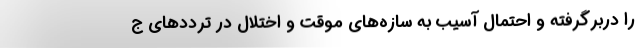
را دربرگرفته و احتمال آسیب به سازه‌های موقت و اختلال در ترددهای ج